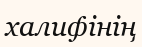
халифінің